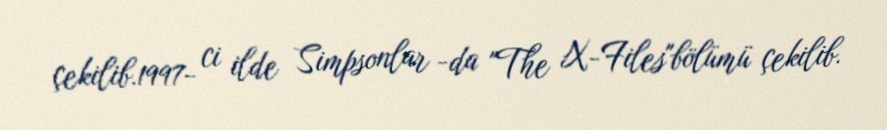
çekilib.1997- ci ilde Simpsonlar -da "The X-Files"bölümü çekilib.